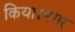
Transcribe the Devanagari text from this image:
किया।मगर